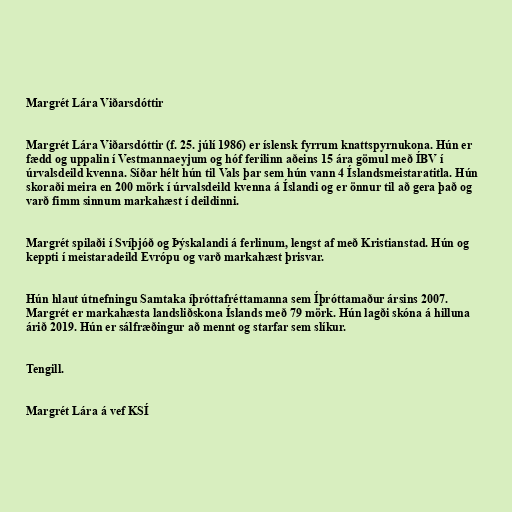
Margrét Lára Viðarsdóttir

Margrét Lára Viðarsdóttir (f. 25. júlí 1986) er íslensk fyrrum knattspyrnukona. Hún er
fædd og uppalin í Vestmannaeyjum og hóf ferilinn aðeins 15 ára gömul með ÍBV í
úrvalsdeild kvenna. Síðar hélt hún til Vals þar sem hún vann 4 Íslandsmeistaratitla. Hún
skoraði meira en 200 mörk í úrvalsdeild kvenna á Íslandi og er önnur til að gera það og
varð fimm sinnum markahæst í deildinni.

Margrét spilaði í Svíþjóð og Þýskalandi á ferlinum, lengst af með Kristianstad. Hún og
keppti í meistaradeild Evrópu og varð markahæst þrisvar.

Hún hlaut útnefningu Samtaka íþróttafréttamanna sem Íþróttamaður ársins 2007.
Margrét er markahæsta landsliðskona Íslands með 79 mörk. Hún lagði skóna á hilluna
árið 2019. Hún er sálfræðingur að mennt og starfar sem slíkur.

Tengill.

Margrét Lára á vef KSÍ